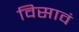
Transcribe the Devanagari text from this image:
विसावं